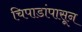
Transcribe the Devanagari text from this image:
चिपाडांपासून